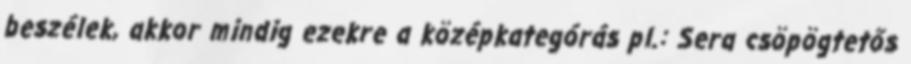
beszélek, akkor mindig ezekre a középkategórás pl.: Sera csöpögtetős